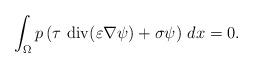
LaTeX: \begin{align*} \int_\Omega p \left( \tau \, \operatorname{div}(\varepsilon \nabla \psi) + \sigma \psi \right) \, dx =0.\end{align*}